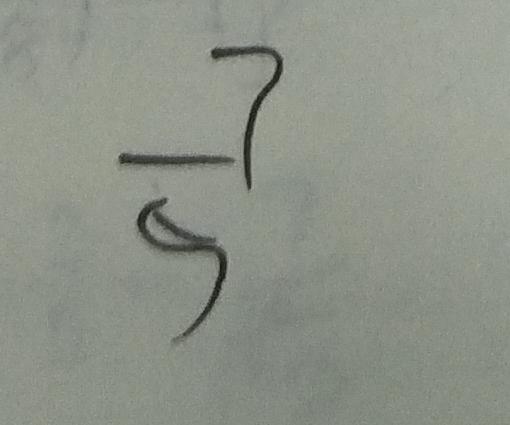
\frac { 7 } { 5 }